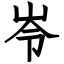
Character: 岺